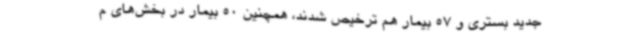
جدید بستری و 57 بیمار هم ترخیص شدند، همچنین 50 بیمار در بخش‌های م